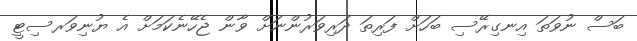
ބަސް ނުވަތަ އިނގިރޭސި ބަހަށް ފަރިތަ ދަރިވަރުންނަށް ވާން ޖެހޭނެކަމަށް އެ ޔުނިވަރސިޓީ